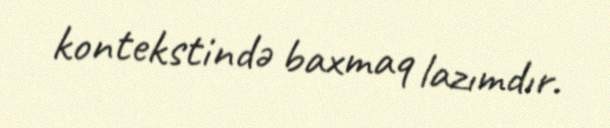
kontekstində baxmaq lazımdır.